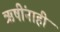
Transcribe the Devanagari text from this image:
ऋषींनाही